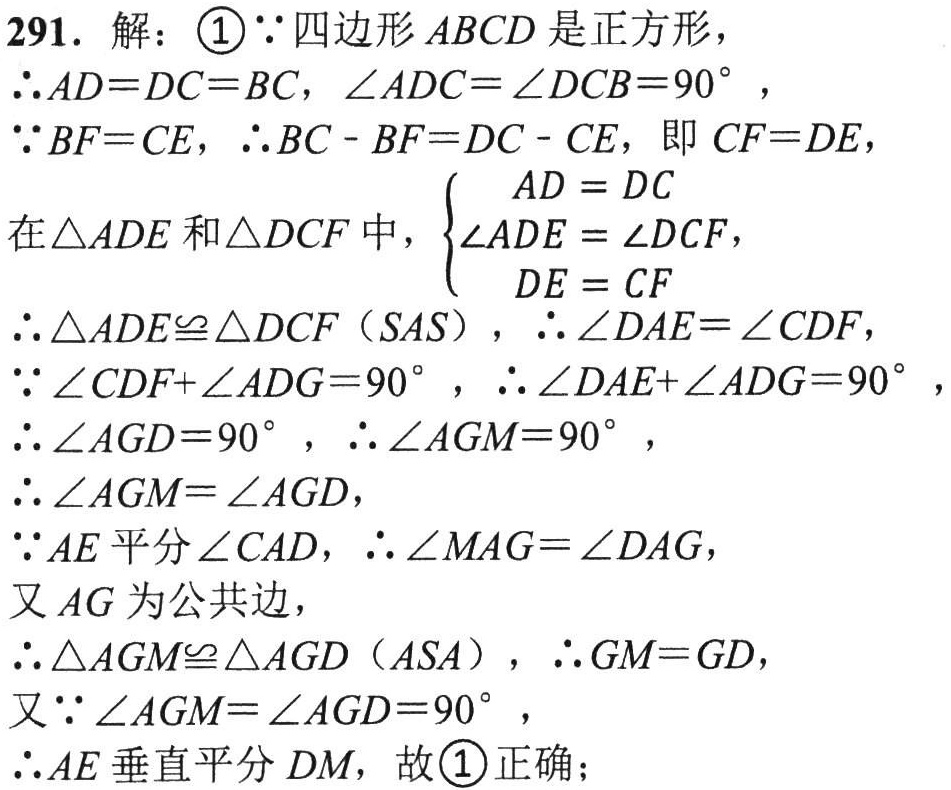
291. 解：

\textcircled{1}$\because$四边形$ABCD$是正方形，

$\therefore AD = DC = BC$，$\angle ADC=\angle DCB = 90^{\circ}$，

$\because BF = CE$，$\therefore BC - BF=DC - CE$，即$CF = DE$，

在$\triangle ADE$和$\triangle DCF$中，$\begin{cases}AD = DC\\\angle ADE=\angle DCF\\DE = CF\end{cases}$

$\therefore\triangle ADE\cong\triangle DCF(SAS)$，$\therefore\angle DAE=\angle CDF$，

$\because\angle CDF+\angle ADG = 90^{\circ}$，$\therefore\angle DAE+\angle ADG = 90^{\circ}$，

$\therefore\angle AGD = 90^{\circ}$，$\therefore\angle AGM = 90^{\circ}$，

$\therefore\angle AGM=\angle AGD$，

$\because AE$平分$\angle CAD$，$\therefore\angle MAG=\angle DAG$，

又$AG$为公共边，

$\therefore\triangle AGM\cong\triangle AGD(ASA)$，$\therefore GM = GD$，

又$\because\angle AGM=\angle AGD = 90^{\circ}$，

$\therefore AE$垂直平分$DM$，故\textcircled{1}正确；